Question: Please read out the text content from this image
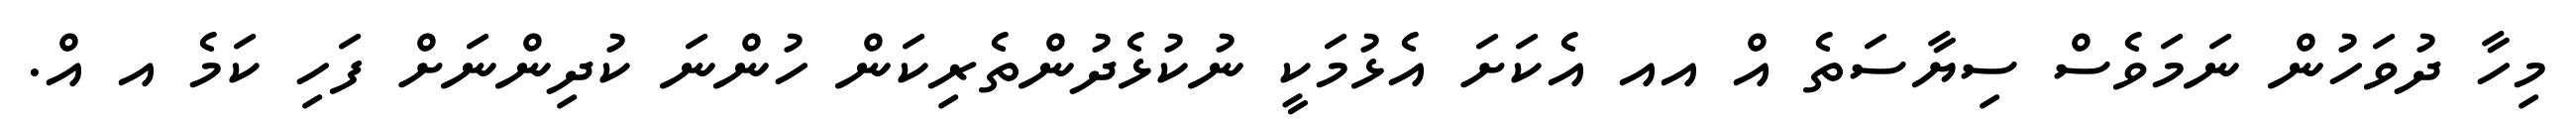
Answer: މިހާ ދުވަހުން ނަމަވެސް ސިޔާސަތެ އް އއ އެކަށަ އެޅުމަކީ ނުކުޅެދުންތެރިކަން ހުންނަ ކުދިންނަށް ފަހި ކަމެ އ އް.